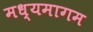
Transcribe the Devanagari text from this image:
मध्यमागम